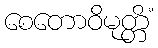
စေတောဝိမုတ္တိံ